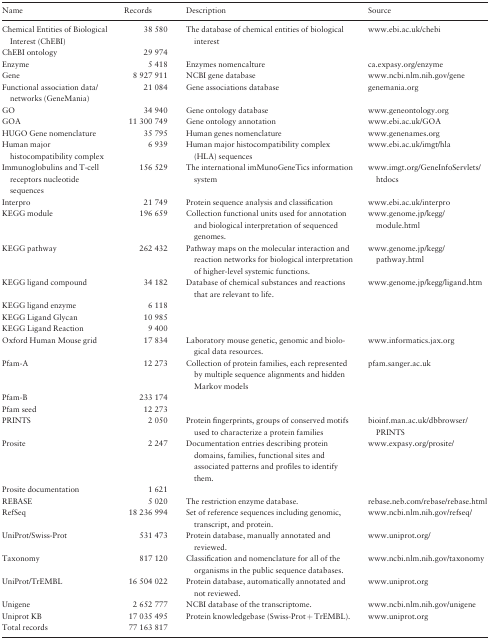
<table><thead><tr><td><b>Name</b></td><td><b>Records</b></td><td><b>Description</b></td><td><b>Source</b></td></tr></thead><tbody><tr><td>Chemical Entities of Biological Interest (ChEBI)</td><td>38 580</td><td>The database of chemical entities of biological interest</td><td>www.ebi.ac.uk/chebi</td></tr><tr><td>ChEBI ontology</td><td>29 974</td><td></td><td></td></tr><tr><td>Enzyme</td><td>5 418</td><td>Enzymes nomencalture</td><td>ca.expasy.org/enzyme</td></tr><tr><td>Gene</td><td>8 927 911</td><td>NCBI gene database</td><td>www.ncbi.nlm.nih.gov/gene</td></tr><tr><td>Functional association data/networks (GeneMania)</td><td>21 084</td><td>Gene associations database</td><td>genemania.org</td></tr><tr><td>GO</td><td>34 940</td><td>Gene ontology database</td><td>www.geneontology.org</td></tr><tr><td>GOA</td><td>11 300 749</td><td>Gene ontology annotation</td><td>www.ebi.ac.uk/GOA</td></tr><tr><td>HUGO Gene nomenclature</td><td>35 795</td><td>Human genes nomenclature</td><td>www.genenames.org</td></tr><tr><td>Human major histocompatibility complex</td><td>6 939</td><td>Human major histocompatibility complex (HLA) sequences</td><td>www.ebi.ac.uk/imgt/hla</td></tr><tr><td>Immunoglobulins and T-cell receptors nucleotide sequences</td><td> 156 529</td><td>The international imMunoGeneTics information system</td><td>www.imgt.org/GeneInfoServlets/htdocs</td></tr><tr><td>Interpro</td><td>21 749</td><td>Protein sequence analysis and classification</td><td>www.ebi.ac.uk/interpro</td></tr><tr><td>KEGG module</td><td> 196 659</td><td>Collection functional units used for annotation and biological interpretation of sequenced genomes.</td><td>www.genome.jp/kegg/module.html</td></tr><tr><td>KEGG pathway</td><td> 262 432</td><td>Pathway maps on the molecular interaction and reaction networks for biological interpretation of higher-level systemic functions.</td><td>www.genome.jp/kegg/pathway.html</td></tr><tr><td>KEGG ligand compound</td><td>34 182</td><td>Database of chemical substances and reactions that are relevant to life.</td><td>www.genome.jp/kegg/ligand.htm</td></tr><tr><td>KEGG ligand enzyme</td><td>6 118</td><td></td><td></td></tr><tr><td>KEGG Ligand Glycan</td><td>10 985</td><td></td><td></td></tr><tr><td>KEGG Ligand Reaction</td><td>9 400</td><td></td><td></td></tr><tr><td>Oxford Human Mouse grid</td><td>17 834</td><td>Laboratory mouse genetic, genomic and biological data resources.</td><td>www.informatics.jax.org</td></tr><tr><td>Pfam-A</td><td>12 273</td><td>Collection of protein families, each represented by multiple sequence alignments and hidden Markov models</td><td>pfam.sanger.ac.uk</td></tr><tr><td>Pfam-B</td><td> 233 174</td><td></td><td></td></tr><tr><td>Pfam seed</td><td>12 273</td><td></td><td></td></tr><tr><td>PRINTS</td><td>2 050</td><td>Protein fingerprints, groups of conserved motifs used to characterize a protein families</td><td>bioinf.man.ac.uk/dbbrowser/PRINTS</td></tr><tr><td>Prosite</td><td>2 247</td><td>Documentation entries describing protein domains, families, functional sites and associated patterns and profiles to identify them.</td><td>www.expasy.org/prosite/</td></tr><tr><td>Prosite documentation</td><td>1 621</td><td></td><td></td></tr><tr><td>REBASE</td><td>5 020</td><td>The restriction enzyme database.</td><td>rebase.neb.com/rebase/rebase.html</td></tr><tr><td>RefSeq</td><td>18 236 994</td><td>Set of reference sequences including genomic, transcript, and protein.</td><td>www.ncbi.nlm.nih.gov/refseq/</td></tr><tr><td>UniProt/Swiss-Prot</td><td> 531 473</td><td>Protein database, manually annotated and reviewed.</td><td>www.uniprot.org/</td></tr><tr><td>Taxonomy</td><td> 817 120</td><td>Classification and nomenclature for all of the organisms in the public sequence databases.</td><td>www.ncbi.nlm.nih.gov/taxonomy</td></tr><tr><td>UniProt/TrEMBL</td><td>16 504 022</td><td>Protein database, automatically annotated and not reviewed.</td><td>www.uniprot.org</td></tr><tr><td>Unigene</td><td>2 652 777</td><td>NCBI database of the transcriptome.</td><td>www.ncbi.nlm.nih.gov/unigene</td></tr><tr><td>Uniprot KB</td><td>17 035 495</td><td>Protein knowledgebase (Swiss-Prot + TrEMBL).</td><td>www.uniprot.org</td></tr><tr><td>Total records</td><td>77 163 817</td><td></td><td></td></tr></tbody></table>